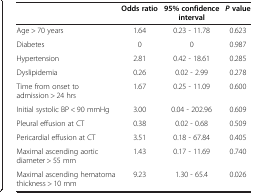
<table><thead><tr><td><b> </b></td><td><b>Odds ratio</b></td><td><b>95% confidence interval</b></td><td><b><i>P </i>value</b></td></tr></thead><tbody><tr><td>Age &gt; 70 years</td><td>1.64</td><td>0.23 - 11.78</td><td>0.623</td></tr><tr><td>Diabetes</td><td>0</td><td>0</td><td>0.987</td></tr><tr><td>Hypertension</td><td>2.81</td><td>0.42 - 18.61</td><td>0.285</td></tr><tr><td>Dyslipidemia</td><td>0.26</td><td>0.02 - 2.99</td><td>0.278</td></tr><tr><td>Time from onset to admission &gt; 24 hrs</td><td>1.67</td><td>0.25 - 11.09</td><td>0.600</td></tr><tr><td>Initial systolic BP &lt; 90 mmHg</td><td>3.00</td><td>0.04 - 202.96</td><td>0.609</td></tr><tr><td>Pleural effusion at CT</td><td>0.38</td><td>0.02 - 0.68</td><td>0.509</td></tr><tr><td>Pericardial effusion at CT</td><td>3.51</td><td>0.18 - 67.84</td><td>0.405</td></tr><tr><td>Maximal ascending aortic diameter &gt; 55 mm</td><td>1.43</td><td>0.17 - 11.69</td><td>0.740</td></tr><tr><td>Maximal ascending hematoma thickness &gt; 10 mm</td><td>9.23</td><td>1.30 - 65.4</td><td>0.026</td></tr></tbody></table>